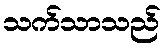
သက်သာသည်